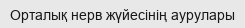
Орталық нерв жүйесінің аурулары